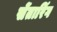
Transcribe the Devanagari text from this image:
सेंतारिंग